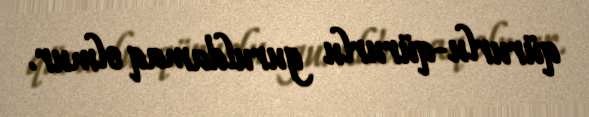
qürurlu-qürurlu guruldamaq olmur.